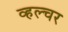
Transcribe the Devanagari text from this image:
व्हल्चर